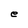
Character: e